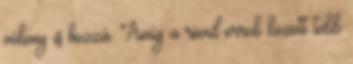
vékony is hozzá. Amíg a rövid orrok között több